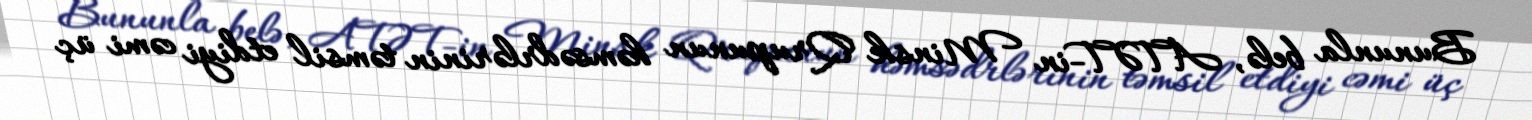
Bununla belə, ATƏT-in Minsk Qrupunun həmsədrlərinin təmsil etdiyi cəmi üç